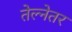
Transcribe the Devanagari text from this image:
तेल्नेतर